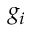
g _ { i }